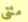
مئتي